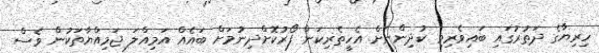
ހިރިޔާގެ ދަތުރުގައި ބައިވެރިވި ކުދިންނަށް އެހީތެރިކަން ފޯރުކޮށްދިނުމަށް ބައެއް އަމިއްލަ ޖަމިއްޔާތަކުން ވެސް